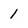
Character: l